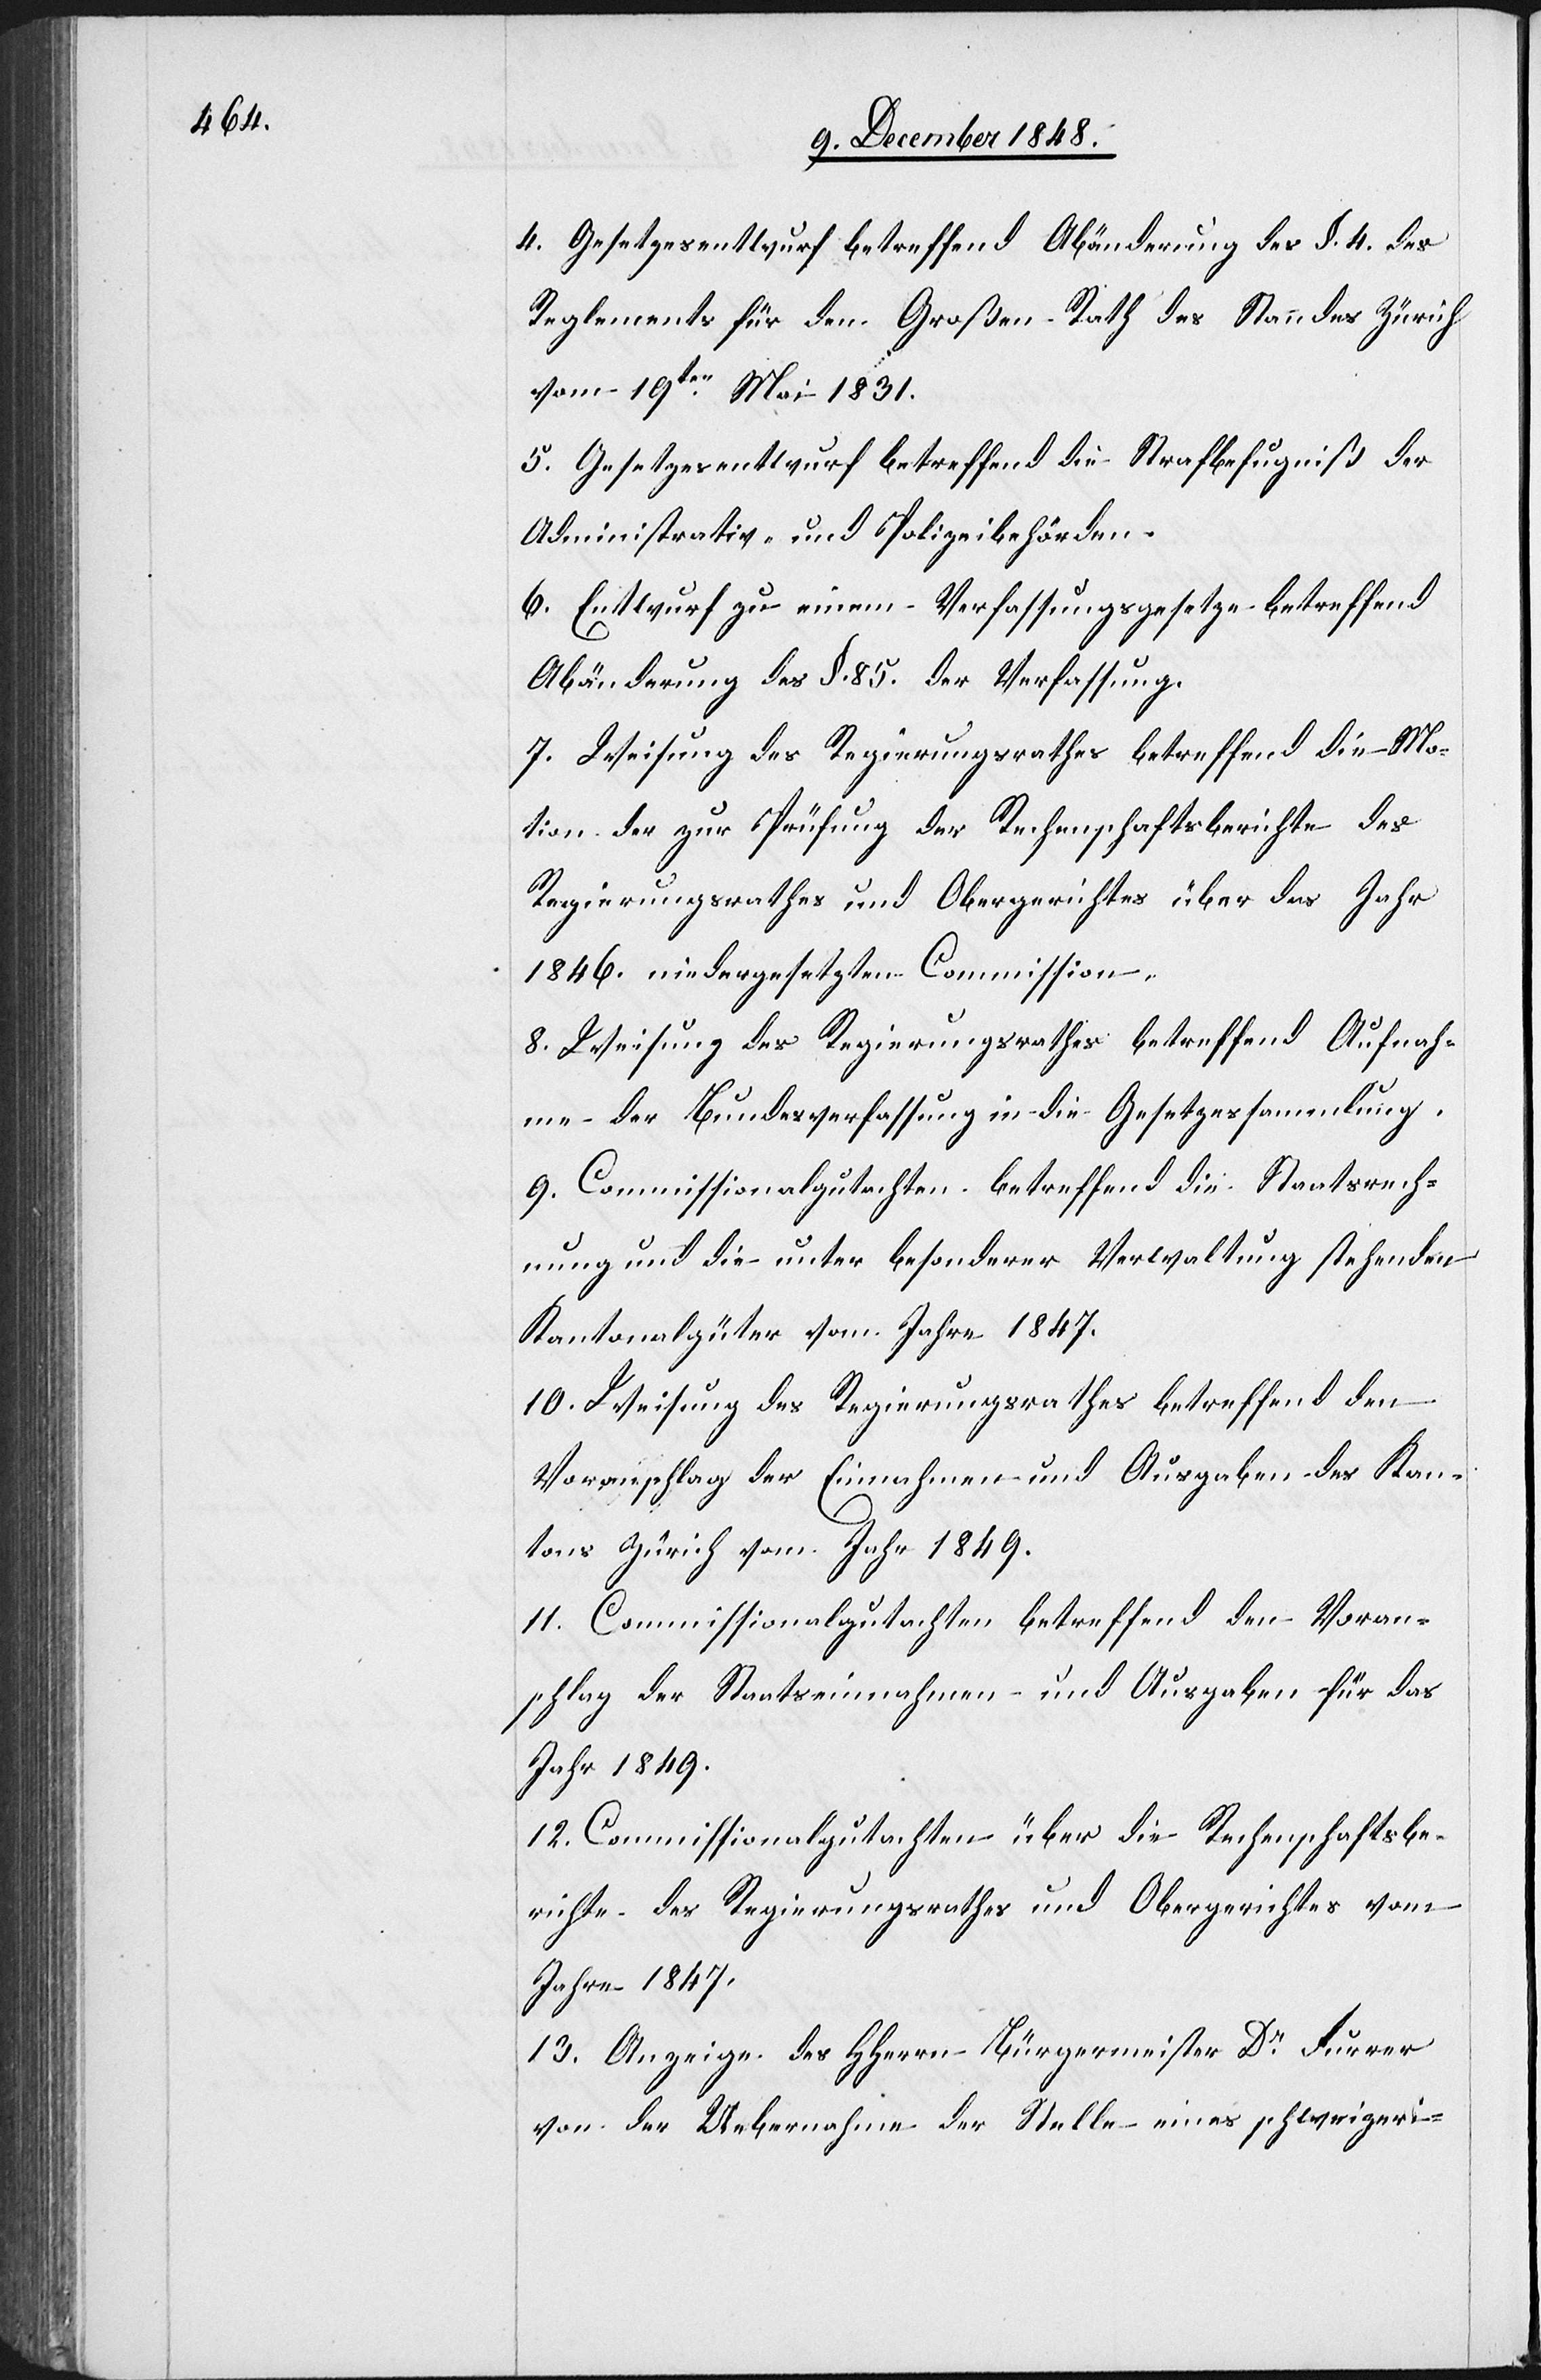
4. Gesetzesentwurf betreffend Abänderung des §. 4. des
Reglements für den Großen Rath des Standes Zürich
vom 19ten Mai 1831.
5. Gesetzesentwurf betreffend die Strafbefugniß der
Administrativ- und Polizeibehörden.
6. Entwurf zu einem Verfassungsgesetze betreffend
Abänderung des §. 85. der Verfassung.
7. Weisung des Regierungsrathes betreffend die Mo¬
tion der zur Prüfung der Rechenschaftsberichte des
Regierungsrathes und Obergerichtes über das Jahr
1846. niedergesetzten Commission.
8. Weisung des Regierungsrathes betreffend Aufnah¬
me der Bundesverfassung in die Gesetzessammlung.
9. Commissionalgutachten betreffend die Staatsrech¬
nung und die unter besonderer Verwaltung stehenden
Kantonalgüter vom Jahre 1847.
10. Weisung des Regierungsrathes betreffend den
Voranschlag der Einnahmen und Ausgaben des Kan¬
tons Zürich vom Jahr 1849.
11. Commissionalgutachten betreffend den Voran¬
schlag der Staatseinnahmen und Ausgaben für das
Jahr 1849.
12. Commissionalgutachten über die Rechenschaftsbe¬
richte des Regierungsrathes und Obergerichtes vom
Jahre 1847.
13. Anzeige des HHerrn Bürgermeister Dr Furrer
von der Uebernahme der Stelle eines schweizeri-